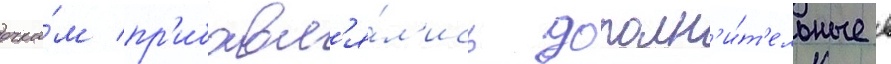
очка́м пр'ибавл'я́л'ись дополн'и́т'ельные в